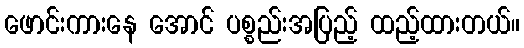
ဖောင်းကားနေ အောင် ပစ္စည်းအပြည့် ထည့်ထားတယ်။